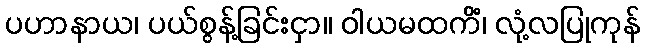
ပဟာနာယ၊ ပယ်စွန့်ခြင်းငှာ။ ဝါယမထကိံ၊ လုံ့လပြုကုန်